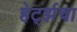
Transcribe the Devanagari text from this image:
हेर्ट्झचा